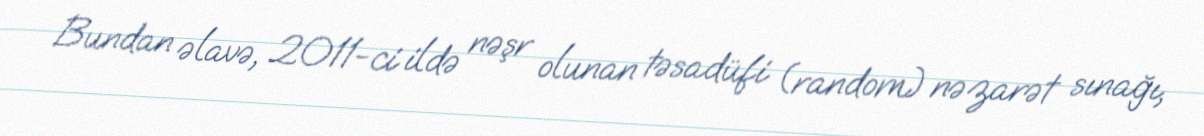
Bundan əlavə, 2011-ci ildə nəşr olunan təsadüfi (random) nəzarət sınağı,